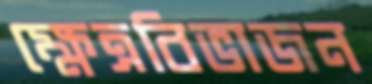
ক্ষেত্রবিভাজন